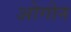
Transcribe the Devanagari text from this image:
ओगोन